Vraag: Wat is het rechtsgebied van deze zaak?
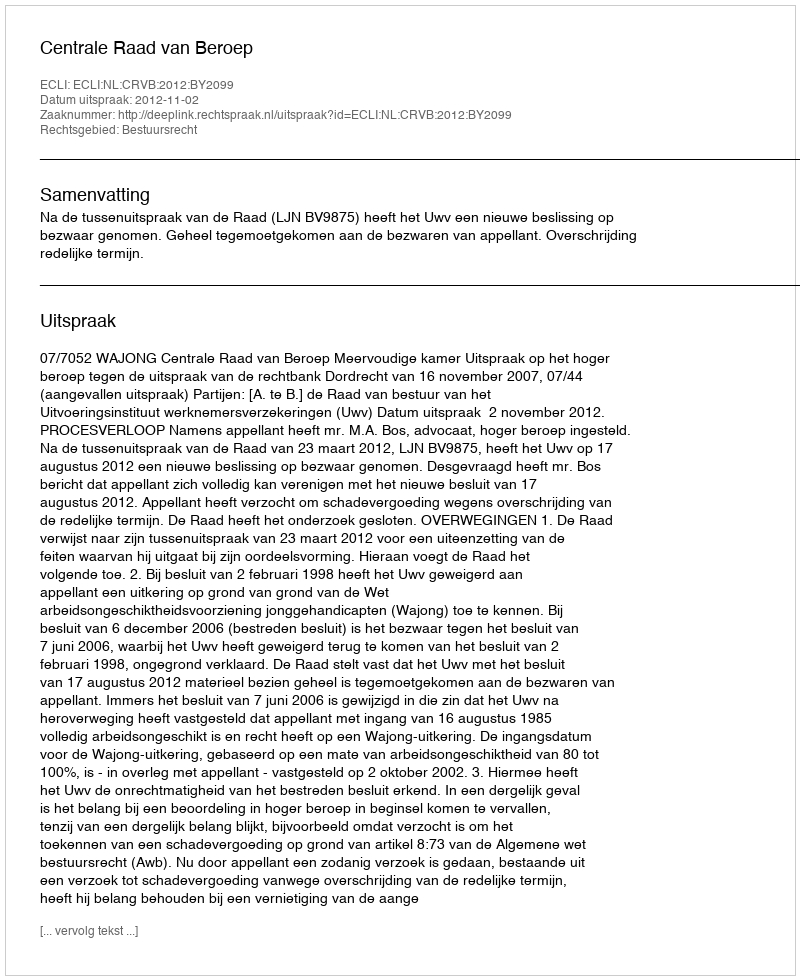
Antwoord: Bestuursrecht